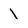
Character: 1